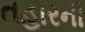
તહારની